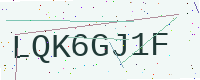
Text: LQK6GJ1F